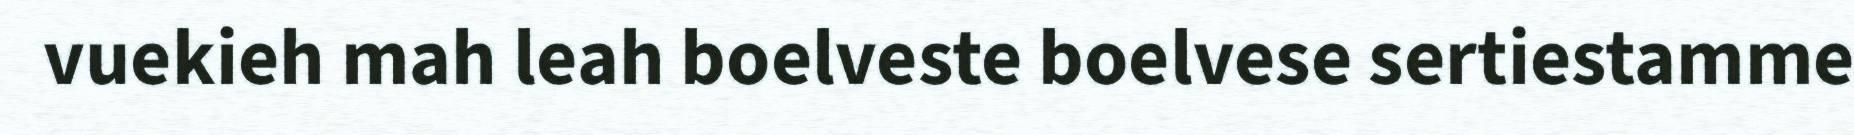
vuekieh mah leah boelveste boelvese sertiestamme